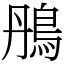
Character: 鴅